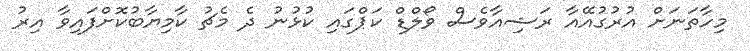
މިހާތަނަށް އުރުގުއޭއާ ރަޝިއާވެސް ވޯލްޑް ކަޕްގައި ކުޅުނު ދެ މެޗު ކާމިޔާބުކޮށްފައިވާ އިރު